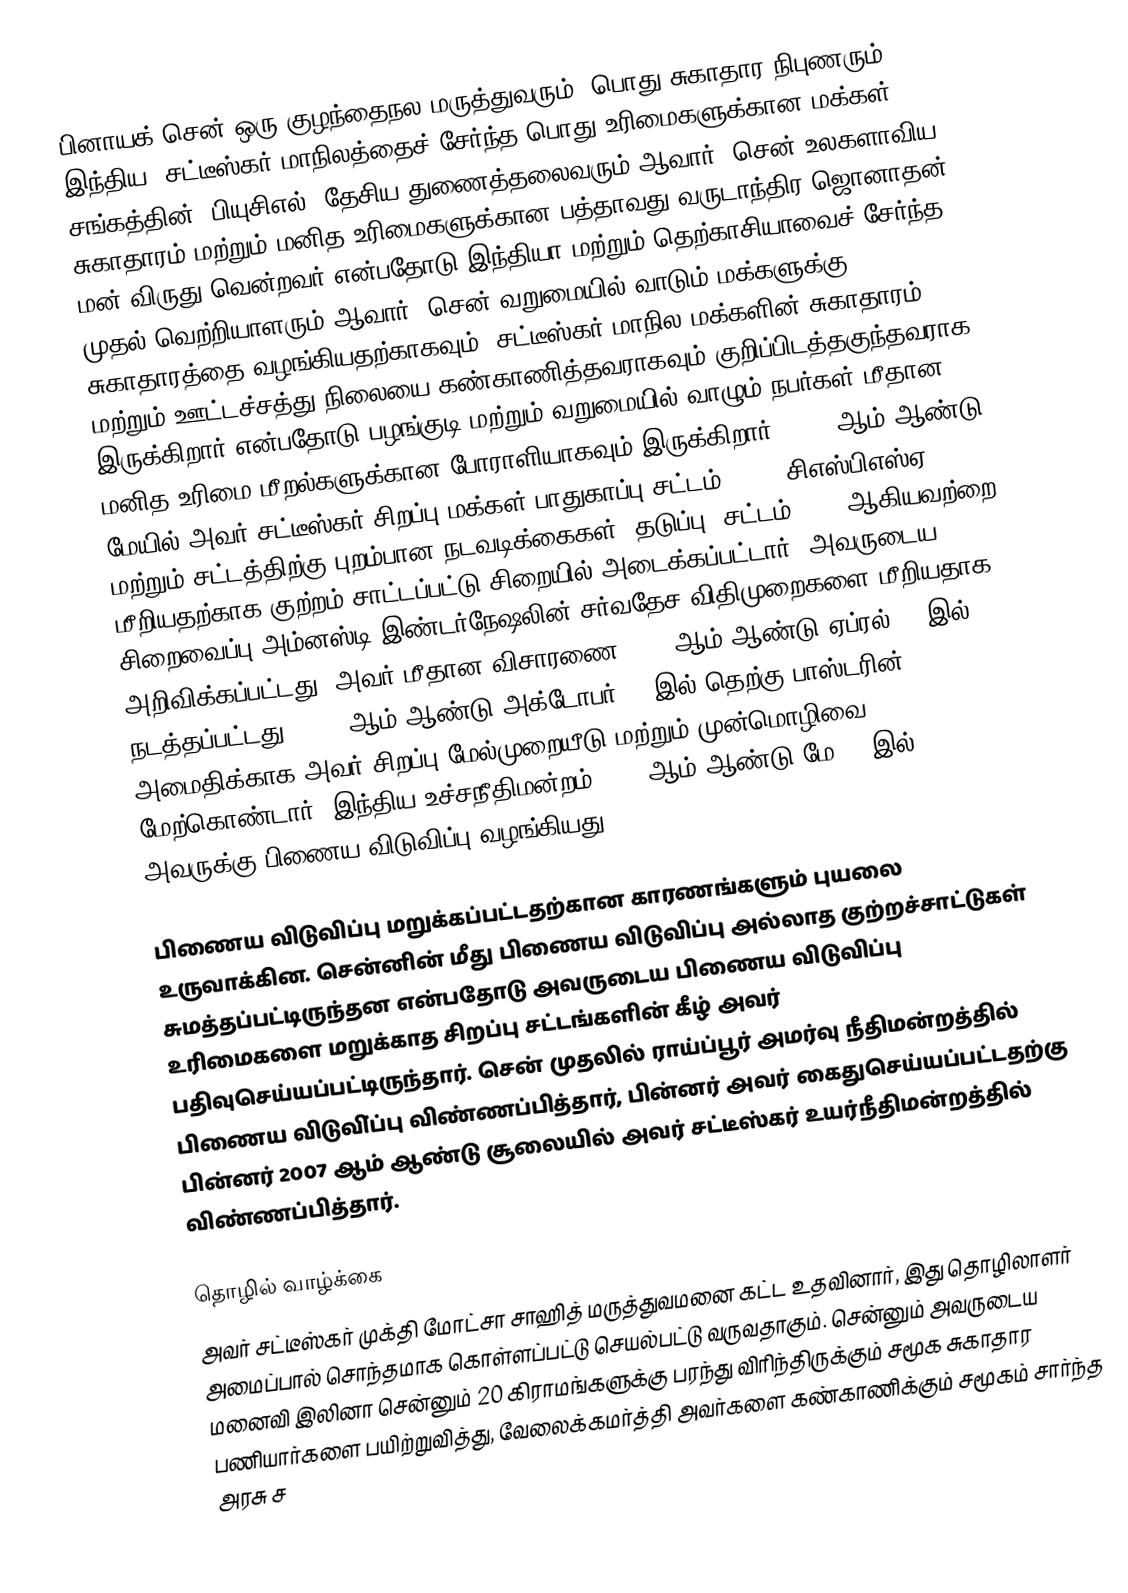
பினாயக் சென் ஒரு குழந்தைநல மருத்துவரும், பொது சுகாதார நிபுணரும், இந்திய, சட்டீஸ்கர் மாநிலத்தைச் சேர்ந்த பொது உரிமைகளுக்கான மக்கள் சங்கத்தின் (பியுசிஎல்) தேசிய துணைத்தலைவரும் ஆவார். சென் உலகளாவிய சுகாதாரம் மற்றும் மனித உரிமைகளுக்கான பத்தாவது வருடாந்திர ஜொனாதன் மன் விருது வென்றவர் என்பதோடு இந்தியா மற்றும் தெற்காசியாவைச் சேர்ந்த முதல் வெற்றியாளரும் ஆவார். சென் வறுமையில் வாடும் மக்களுக்கு சுகாதாரத்தை வழங்கியதற்காகவும், சட்டீஸ்கர் மாநில மக்களின் சுகாதாரம் மற்றும் ஊட்டச்சத்து நிலையை கண்காணித்தவராகவும் குறிப்பிடத்தகுந்தவராக இருக்கிறார் என்பதோடு பழங்குடி மற்றும் வறுமையில் வாழும் நபர்கள் மீதான மனித உரிமை மீறல்களுக்கான போராளியாகவும் இருக்கிறார். 2007 ஆம் ஆண்டு மேயில் அவர் சட்டீஸ்கர் சிறப்பு மக்கள் பாதுகாப்பு சட்டம் 2005 (சிஎஸ்பிஎஸ்ஏ) மற்றும் சட்டத்திற்கு புறம்பான நடவடிக்கைகள் (தடுப்பு) சட்டம் 1967 ஆகியவற்றை மீறியதற்காக குற்றம் சாட்டப்பட்டு சிறையில் அடைக்கப்பட்டார். அவருடைய சிறைவைப்பு அம்னஸ்டி இண்டர்நேஷலின் சர்வதேச விதிமுறைகளை மீறியதாக அறிவிக்கப்பட்டது. அவர் மீதான விசாரணை 2008 ஆம் ஆண்டு ஏப்ரல் 30 இல் நடத்தப்பட்டது. 2008 ஆம் ஆண்டு அக்டோபர் 21 இல் தெற்கு பாஸ்டரின் அமைதிக்காக அவர் சிறப்பு மேல்முறையீடு மற்றும் முன்மொழிவை மேற்கொண்டார். இந்திய உச்சநீதிமன்றம் 2009 ஆம் ஆண்டு மே 25 இல் அவருக்கு பிணைய விடுவிப்பு வழங்கியது.

பிணைய விடுவிப்பு மறுக்கப்பட்டதற்கான காரணங்களும் புயலை உருவாக்கின. சென்னின் மீது பிணைய விடுவிப்பு அல்லாத குற்றச்சாட்டுகள் சுமத்தப்பட்டிருந்தன என்பதோடு அவருடைய பிணைய விடுவிப்பு உரிமைகளை மறுக்காத சிறப்பு சட்டங்களின் கீழ் அவர் பதிவுசெய்யப்பட்டிருந்தார். சென் முதலில் ராய்ப்பூர் அமர்வு நீதிமன்றத்தில் பிணைய விடுவி்ப்பு விண்ணப்பித்தார், பின்னர் அவர் கைதுசெய்யப்பட்டதற்கு பின்னர் 2007 ஆம் ஆண்டு சூலையில் அவர் சட்டீஸ்கர் உயர்நீதிமன்றத்தில் விண்ணப்பித்தார்.

தொழில் வாழ்க்கை
அவர் சட்டீஸ்கர் முக்தி மோட்சா சாஹித் மருத்துவமனை கட்ட உதவினார், இது தொழிலாளர் அமைப்பால் சொந்தமாக கொள்ளப்பட்டு செயல்பட்டு வருவதாகும். சென்னும் அவருடைய மனைவி இலினா சென்னும் 20 கிராமங்களுக்கு பரந்து விரிந்திருக்கும் சமூக சுகாதார பணியார்களை பயிற்றுவித்து, வேலைக்கமர்த்தி அவர்களை கண்காணிக்கும் சமூகம் சார்ந்த அரசு ச